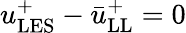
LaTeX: u_{\mathrm{LES}}^{+}-\bar{u}_{\mathrm{LL}}^{+}=0